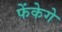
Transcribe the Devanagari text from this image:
फेंकेगे